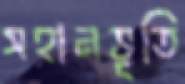
সহানভূতি